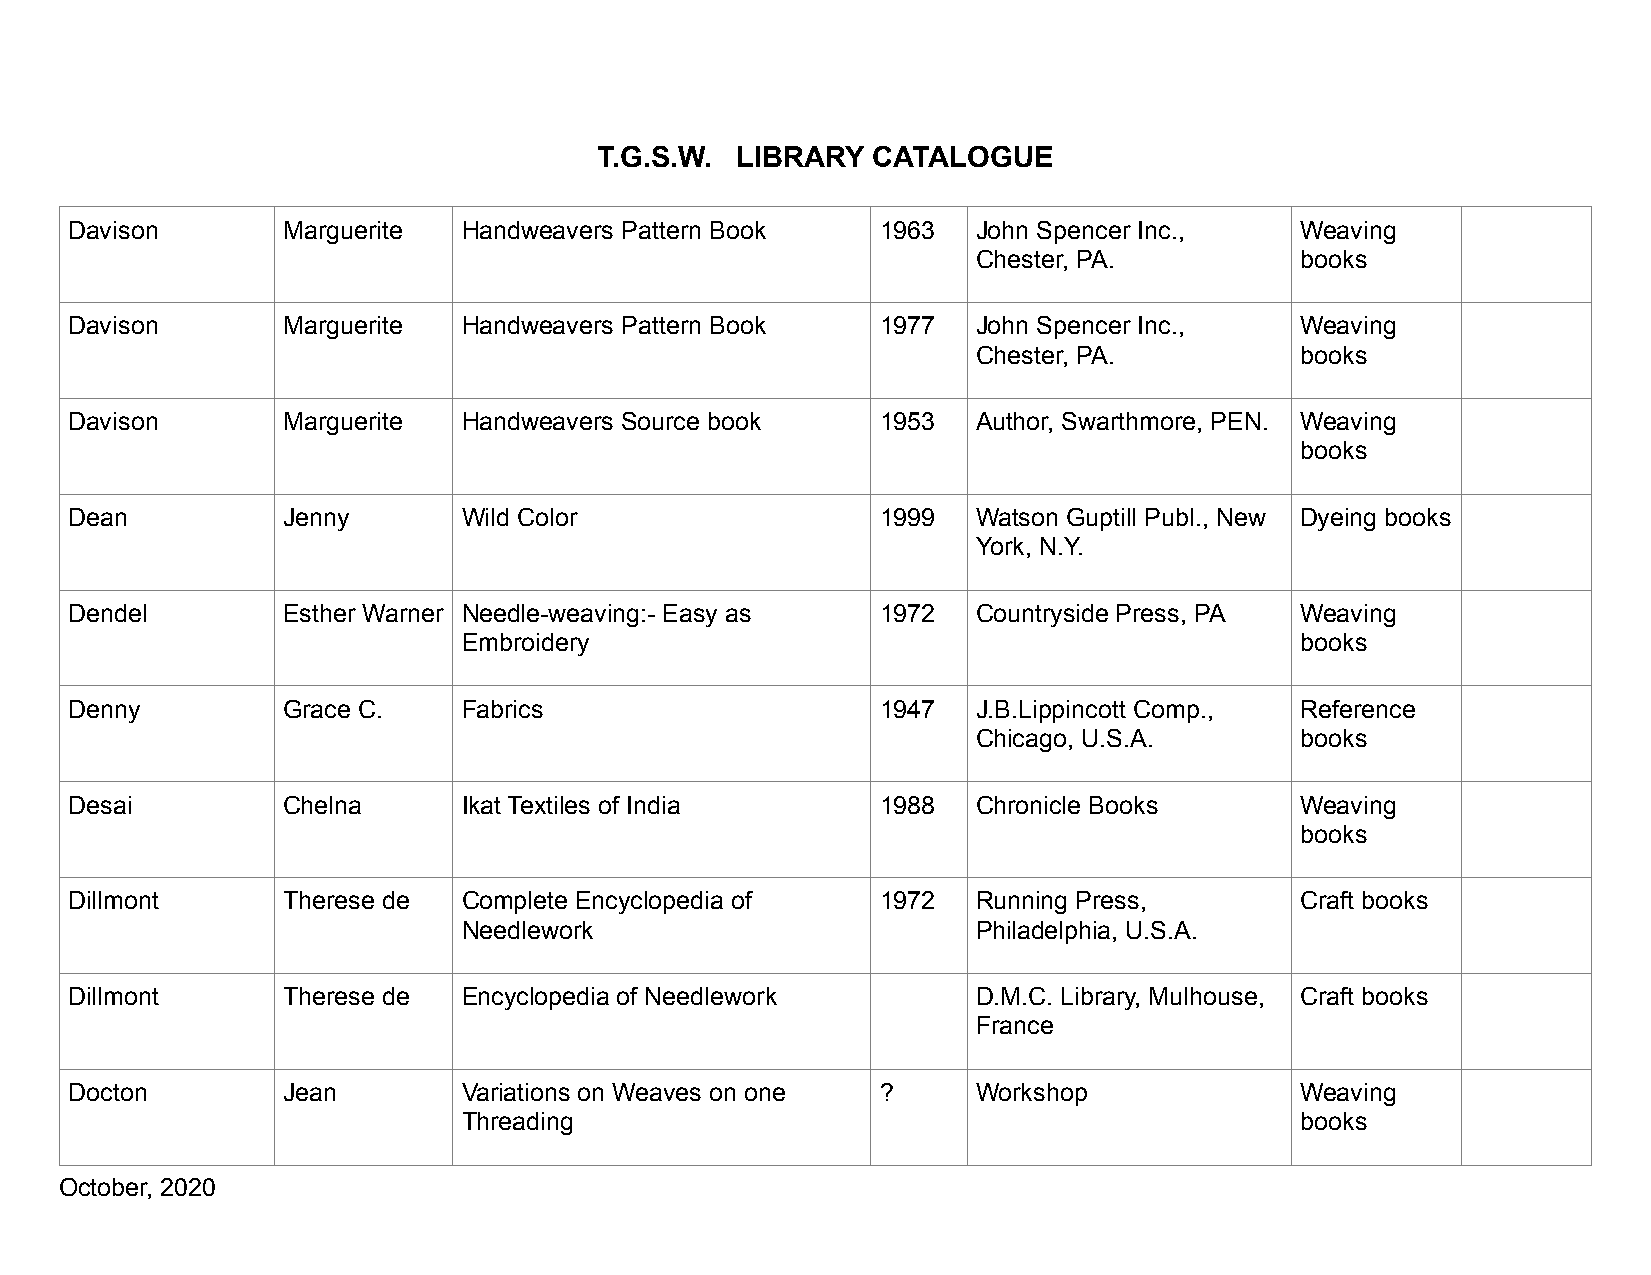
T.G.S.W. LIBRARY  CATALOGUE
 Davison       Marguerite  Handweavers Pattern Book   1963   John Spencer Inc.,   Weaving
 Chester, PA.         books
 Davison       Marguerite  Handweavers Pattern Book   1977   John Spencer Inc.,   Weaving
 Chester, PA.         books
 Davison       Marguerite  Handweavers Source book    1953   Author, Swarthmore, PEN. Weaving
 books
 Dean          Jenny       Wild Color                 1999   Watson Guptill Publ., New Dyeing books
 York, N.Y.
 Dendel        Esther Warner Needle-weaving:- Easy as 1972   Countryside Press, PA Weaving
 Embroidery                                             books
 Denny         Grace C.    Fabrics                    1947   J.B.Lippincott Comp., Reference
 Chicago, U.S.A.      books
 Desai         Chelna      Ikat Textiles of India     1988   Chronicle Books      Weaving
 books
 Dillmont      Therese de  Complete Encyclopedia of   1972   Running Press,       Craft books
 Needlework                        Philadelphia, U.S.A.
 Dillmont      Therese de  Encyclopedia of Needlework        D.M.C. Library, Mulhouse, Craft books
 France
 Docton        Jean        Variations on Weaves on one ?     Workshop             Weaving
 Threading                                              books
 October, 2020